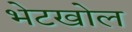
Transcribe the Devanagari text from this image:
भेटखोल